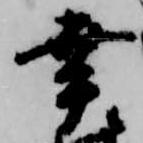
幸